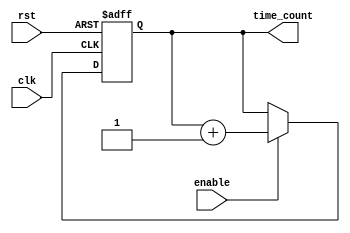
module RTC_timer (
    input wire clk,
    input wire rst,
    input wire enable,
    output reg [31:0] time_count
);

reg [31:0] internal_count;

always @(posedge clk or posedge rst) begin
    if (rst) begin
        internal_count <= 32'd0;
    end else begin
        if (enable) begin
            internal_count <= internal_count + 1;
        end
    end
end

assign time_count = internal_count;

endmodule